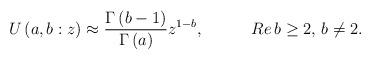
LaTeX: \begin{align*}U\left( a,b:z\right) \approx \frac{\Gamma \left( b-1\right) }{\Gamma \left( a\right) }z^{1-b},\, \, \, \, \, \, \, \, \, \, \, \, \, \, \, \, \, Re\, b\geq 2,\, b\neq 2.\end{align*}